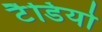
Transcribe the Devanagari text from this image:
टैडियो